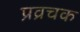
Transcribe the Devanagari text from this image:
प्रव्रचक